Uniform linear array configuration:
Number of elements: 24
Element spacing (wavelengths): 0.75
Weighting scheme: hamming
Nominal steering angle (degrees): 0
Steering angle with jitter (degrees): -1.429
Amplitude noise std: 0.05
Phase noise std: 0.05

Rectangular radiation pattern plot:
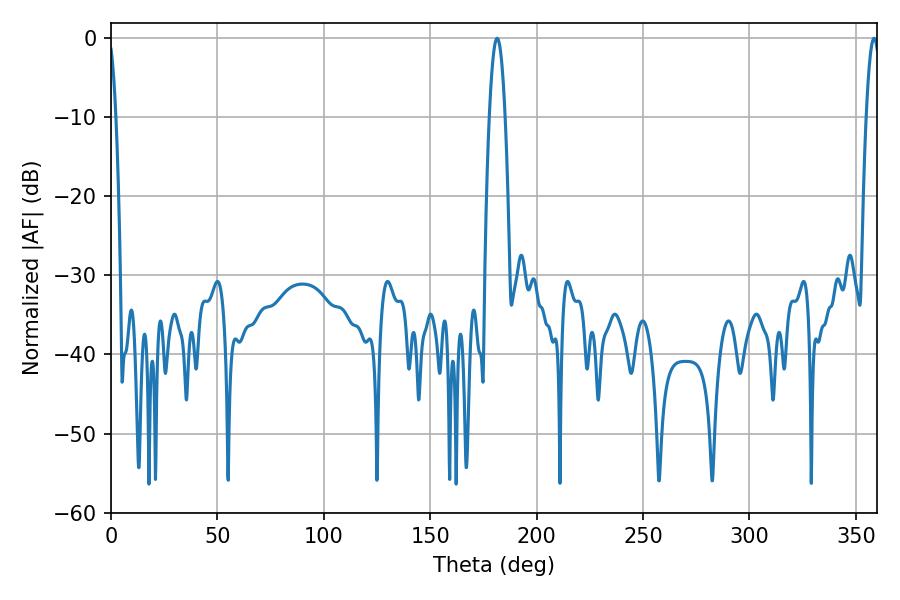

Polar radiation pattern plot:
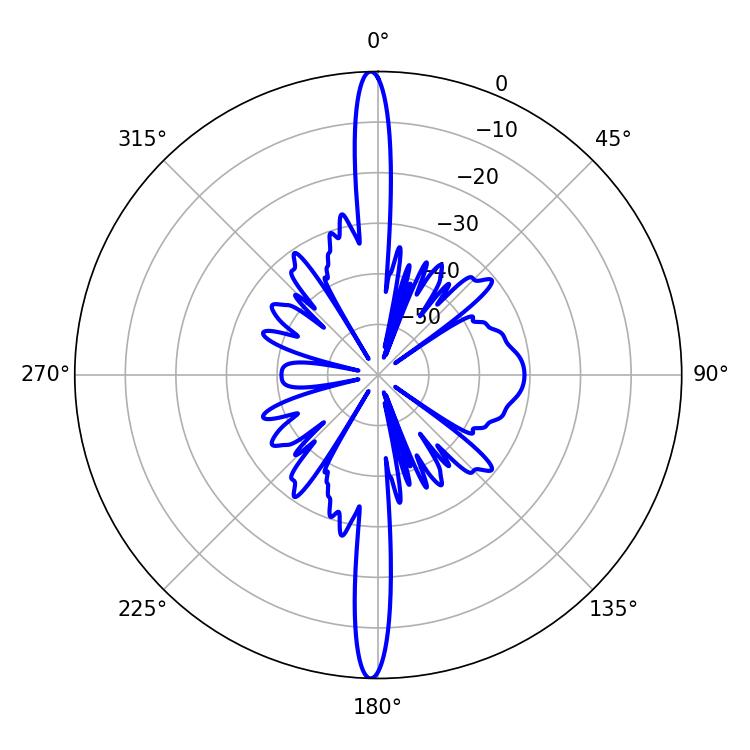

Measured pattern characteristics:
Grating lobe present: TRUE
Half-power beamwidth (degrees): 3.96
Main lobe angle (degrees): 181.44